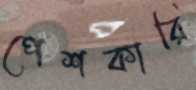
পেশকারি